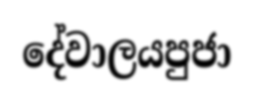
දේවාලයපුජා